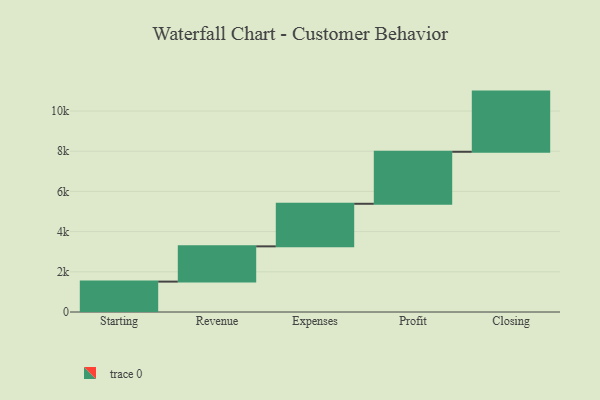
{"axis": {"x": "Step", "y": "Value"}, "legend": [""], "data": [{"x": "Starting", "y": 1512.0, "type": ""}, {"x": "Revenue", "y": 1754.0, "type": ""}, {"x": "Expenses", "y": 2118.0, "type": ""}, {"x": "Profit", "y": 2587.0, "type": ""}, {"x": "Closing", "y": 2994.0, "type": ""}]}